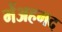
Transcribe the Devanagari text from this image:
मेंअहमद